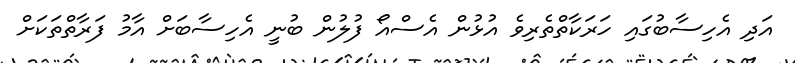
އަދި އެހިސާބުގައި ހަރަކާތްތެރިވެ އުޅުން އެސްއޯ ފުލުން ބުނީ އެހިސާބަށް އާމު ފަރާތްތަކަށް